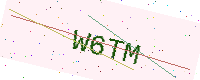
Text: W6TM